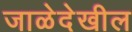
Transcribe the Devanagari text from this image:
जाळेदेखील